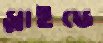
স্লাইডে